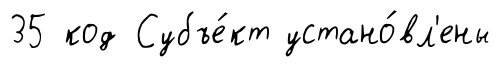
35 код Субъе́кт устано́вл'ены